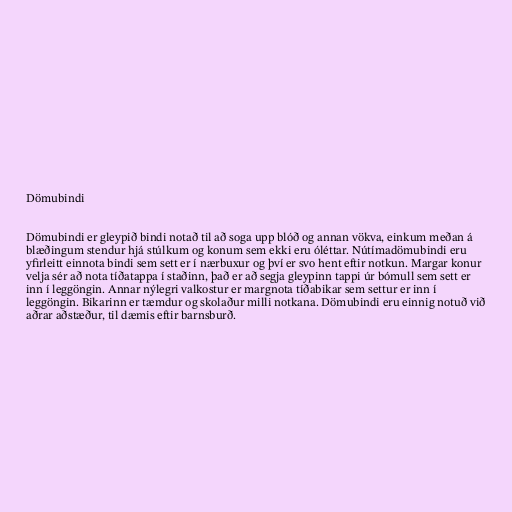
Dömubindi

Dömubindi er gleypið bindi notað til að soga upp blóð og annan vökva, einkum meðan á
blæðingum stendur hjá stúlkum og konum sem ekki eru óléttar. Nútímadömubindi eru
yfirleitt einnota bindi sem sett er í nærbuxur og því er svo hent eftir notkun. Margar konur
velja sér að nota tíðatappa í staðinn, það er að segja gleypinn tappi úr bómull sem sett er
inn í leggöngin. Annar nýlegri valkostur er margnota tíðabikar sem settur er inn í
leggöngin. Bikarinn er tæmdur og skolaður milli notkana. Dömubindi eru einnig notuð við
aðrar aðstæður, til dæmis eftir barnsburð.